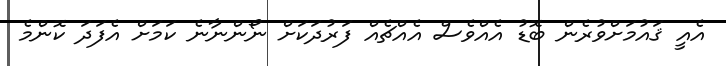
އެއީ ޤައުމަށްވުރެން ބޮޑު އެއްވެސް އެއްޗެއް ފަރުދަކަށް ނޯންނާނެ ކަމަށް އެފަދަ ކޮންމެ